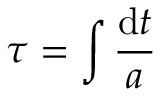
\tau = \int \frac { \mathrm { d } t } { a }